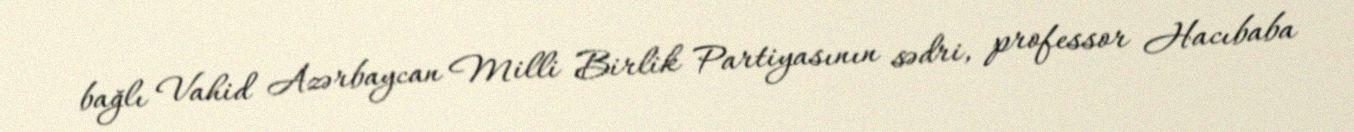
bağlı Vahid Azərbaycan Milli Birlik Partiyasının sədri, professor Hacıbaba